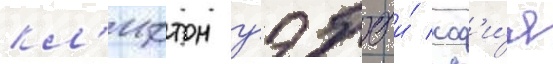
кл'ифтон уэбб и́ соф'и́я